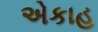
એકાહ